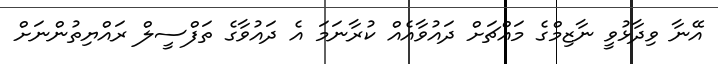
އޭނާ ވިދާޅުވީ ނާޒިމްގެ މައްޗަށް ދައުވާއެއް ކުރާނަމަ އެ ދައުވާގެ ތަފްސީލް ރައްޔިތުންނަށް